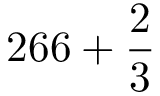
2 6 6 + { \frac { 2 } { 3 } }